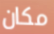
مكان